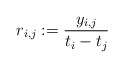
\begin{gather*}r_{i,j}:={y_{i,j} \over t{_i}-t{_j}}\end{gather*}